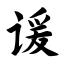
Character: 谖